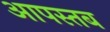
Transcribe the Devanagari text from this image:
आपस्तब